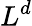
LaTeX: L^{d}